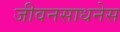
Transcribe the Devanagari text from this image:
जीवनसाधनेस